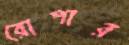
রোপার